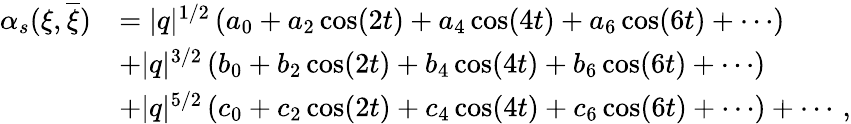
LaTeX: \begin{array}{rl}{\alpha_{s}(\xi,\overline{{\xi}})}&{=|q|^{1/2}\, (a_{0}+a_{2}\cos(2t)+a_{4}\cos(4t)+a_{6}\cos(6t)+\cdots)}\\ &{+|q|^{3/2}\, (b_{0}+b_{2}\cos(2t)+b_{4}\cos(4t)+b_{6}\cos(6t)+\cdots)}\\ &{+|q|^{5/2}\, (c_{0}+c_{2}\cos(2t)+c_{4}\cos(4t)+c_{6}\cos(6t)+\cdots)+\cdots\, ,}\end{array}